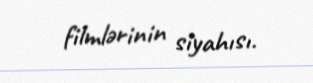
filmlərinin siyahısı.